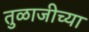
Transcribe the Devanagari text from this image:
तुळाजीच्या